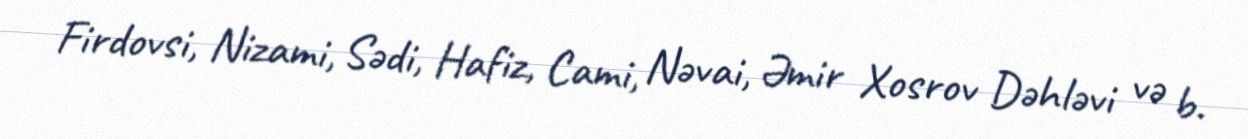
Firdovsi, Nizami, Sədi, Hafiz, Cami, Nəvai, Əmir Xosrov Dəhləvi və b.